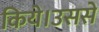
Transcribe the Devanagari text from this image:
किये।उससे